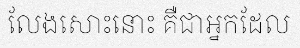
លែងសោះនោះ គឺជាអ្នកដែល